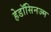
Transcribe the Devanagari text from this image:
हेडॉसिनज्म